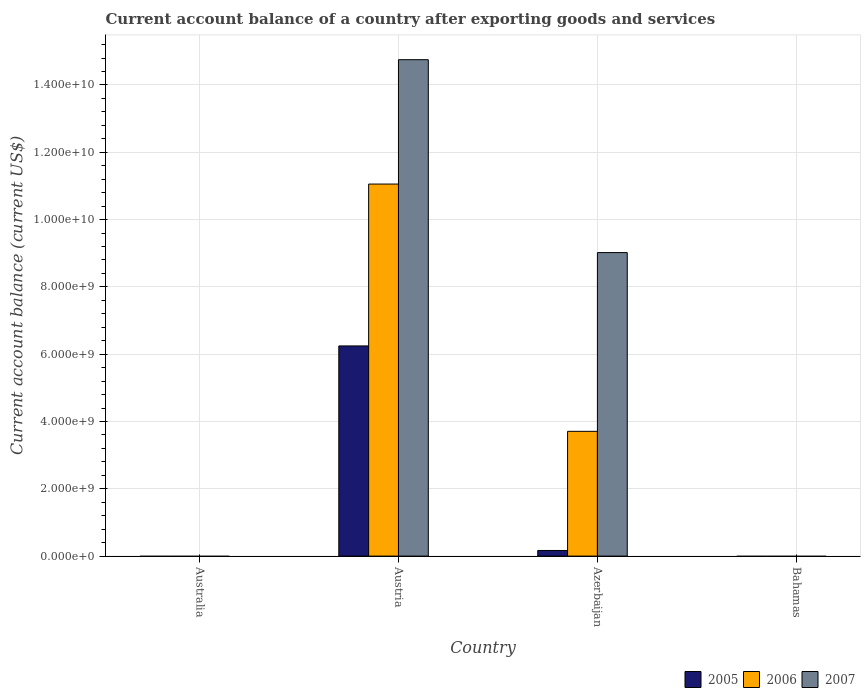
| Country | 2005 | 2006 | 2007 |
 | --- | --- | --- | --- |
 | Australia | -4.33e+10 | -4.53e+10 | -6.42e+10 |
 | Austria | 6.25e+09 | 1.11e+10 | 1.48e+10 |
 | Azerbaijan | 1.67e+08 | 3.71e+09 | 9.02e+09 |
 | Bahamas | -7.01e+08 | -1.4e+09 | -1.32e+09 |